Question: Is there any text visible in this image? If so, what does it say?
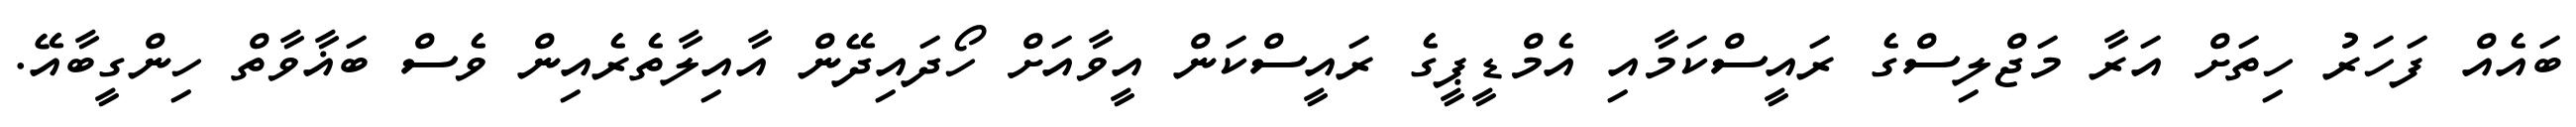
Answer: ބައެއް ފަހަރު ހިތަށް އަރާ މަޖްލިސްގެ ރައީސްކަމާއި އެމްޑީޕީގެ ރައީސްކަން އީވާއަށް ހޯދައިދޭން އާއިލާތެރެއިން ވެސް ބަޣާވާތް ހިންގީބާއޭ.